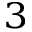
^ 3